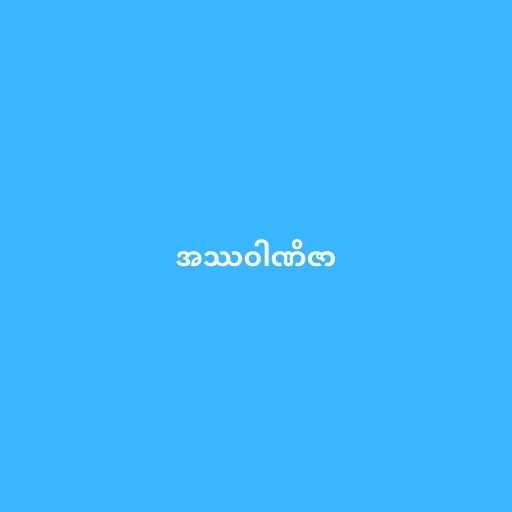
အဿဝါဏိဇာ